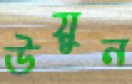
উয়ুন